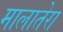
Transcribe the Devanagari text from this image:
मालातेरा